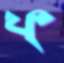
ফ্